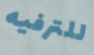
للترفيه